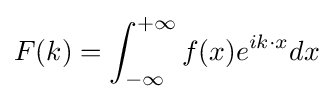
F(k)=\int _{-\infty }^{+\infty }f(x)e^{ik\cdot x}dx